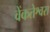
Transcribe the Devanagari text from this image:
वेंकतेश्वरा